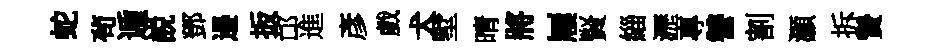
蛇茍遁説鄧邉扳邙進彥戲犬墅晴將屨賢緇瀝專讐割灝拆贄